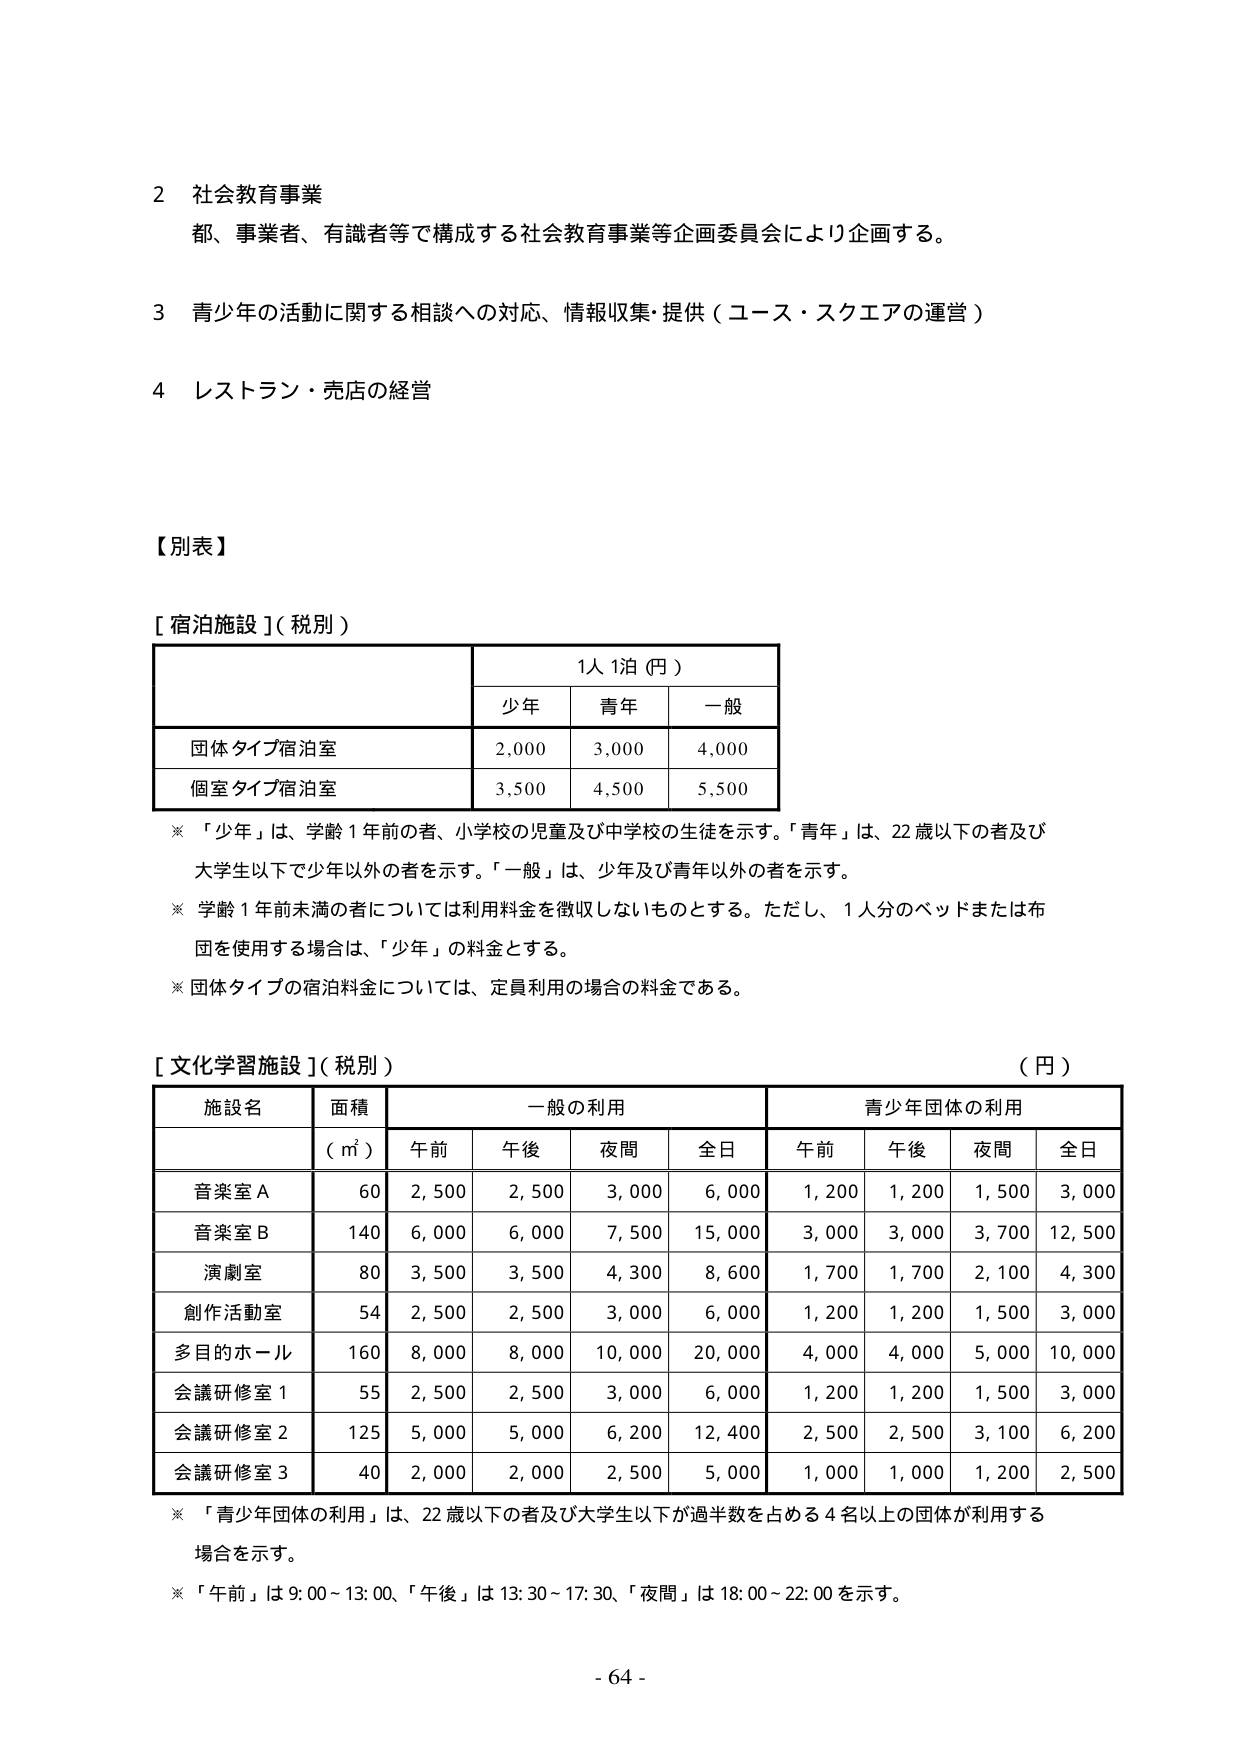
2 社会教育事業
都、事業者、有識者等で構成する社会教育事業等企画委員会により企画する。

3 青少年の活動に関する相談への対応、情報収集・提供（ユース・スクエアの運営）

4 レストラン・売店の経営

【別表】

[ 宿泊施設 ]（税別）
　　　　　　　　　　　　　　　1人 1泊（円）
　　　　　　　　　　　　　少年　　青年　　一般
団体タイプ宿泊室　　　　　2,000　3,000　4,000
個室タイプ宿泊室　　　　　3,500　4,500　5,500

※「少年」は、学齢1年前の者、小学校の児童及び中学校の生徒を示す。「青年」は、22歳以下の者及び大学生以下で少年以外の者を示す。「一般」は、少年及び青年以外の者を示す。
※学齢1年前未満の者については利用料金を徴収しないものとする。ただし、1人分のベッドまたは布団を使用する場合は、「少年」の料金とする。
※団体タイプの宿泊料金については、定員利用の場合の料金である。

[ 文化学習施設 ]（税別）　（円）